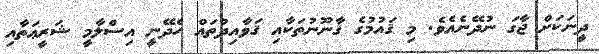
ދީނަކަށް ޖާގަ ނުދޭނެއެވެ. މި ޤައުމުގެ ޤާނޫނުތަކާއި ޤަވާއިދުތައް ހެދޭނީ އިސްލާމީ ޝަރީޢަތާއި